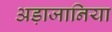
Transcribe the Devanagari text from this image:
अड़ाजानिया